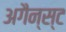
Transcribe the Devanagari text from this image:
अगैन्स्ट